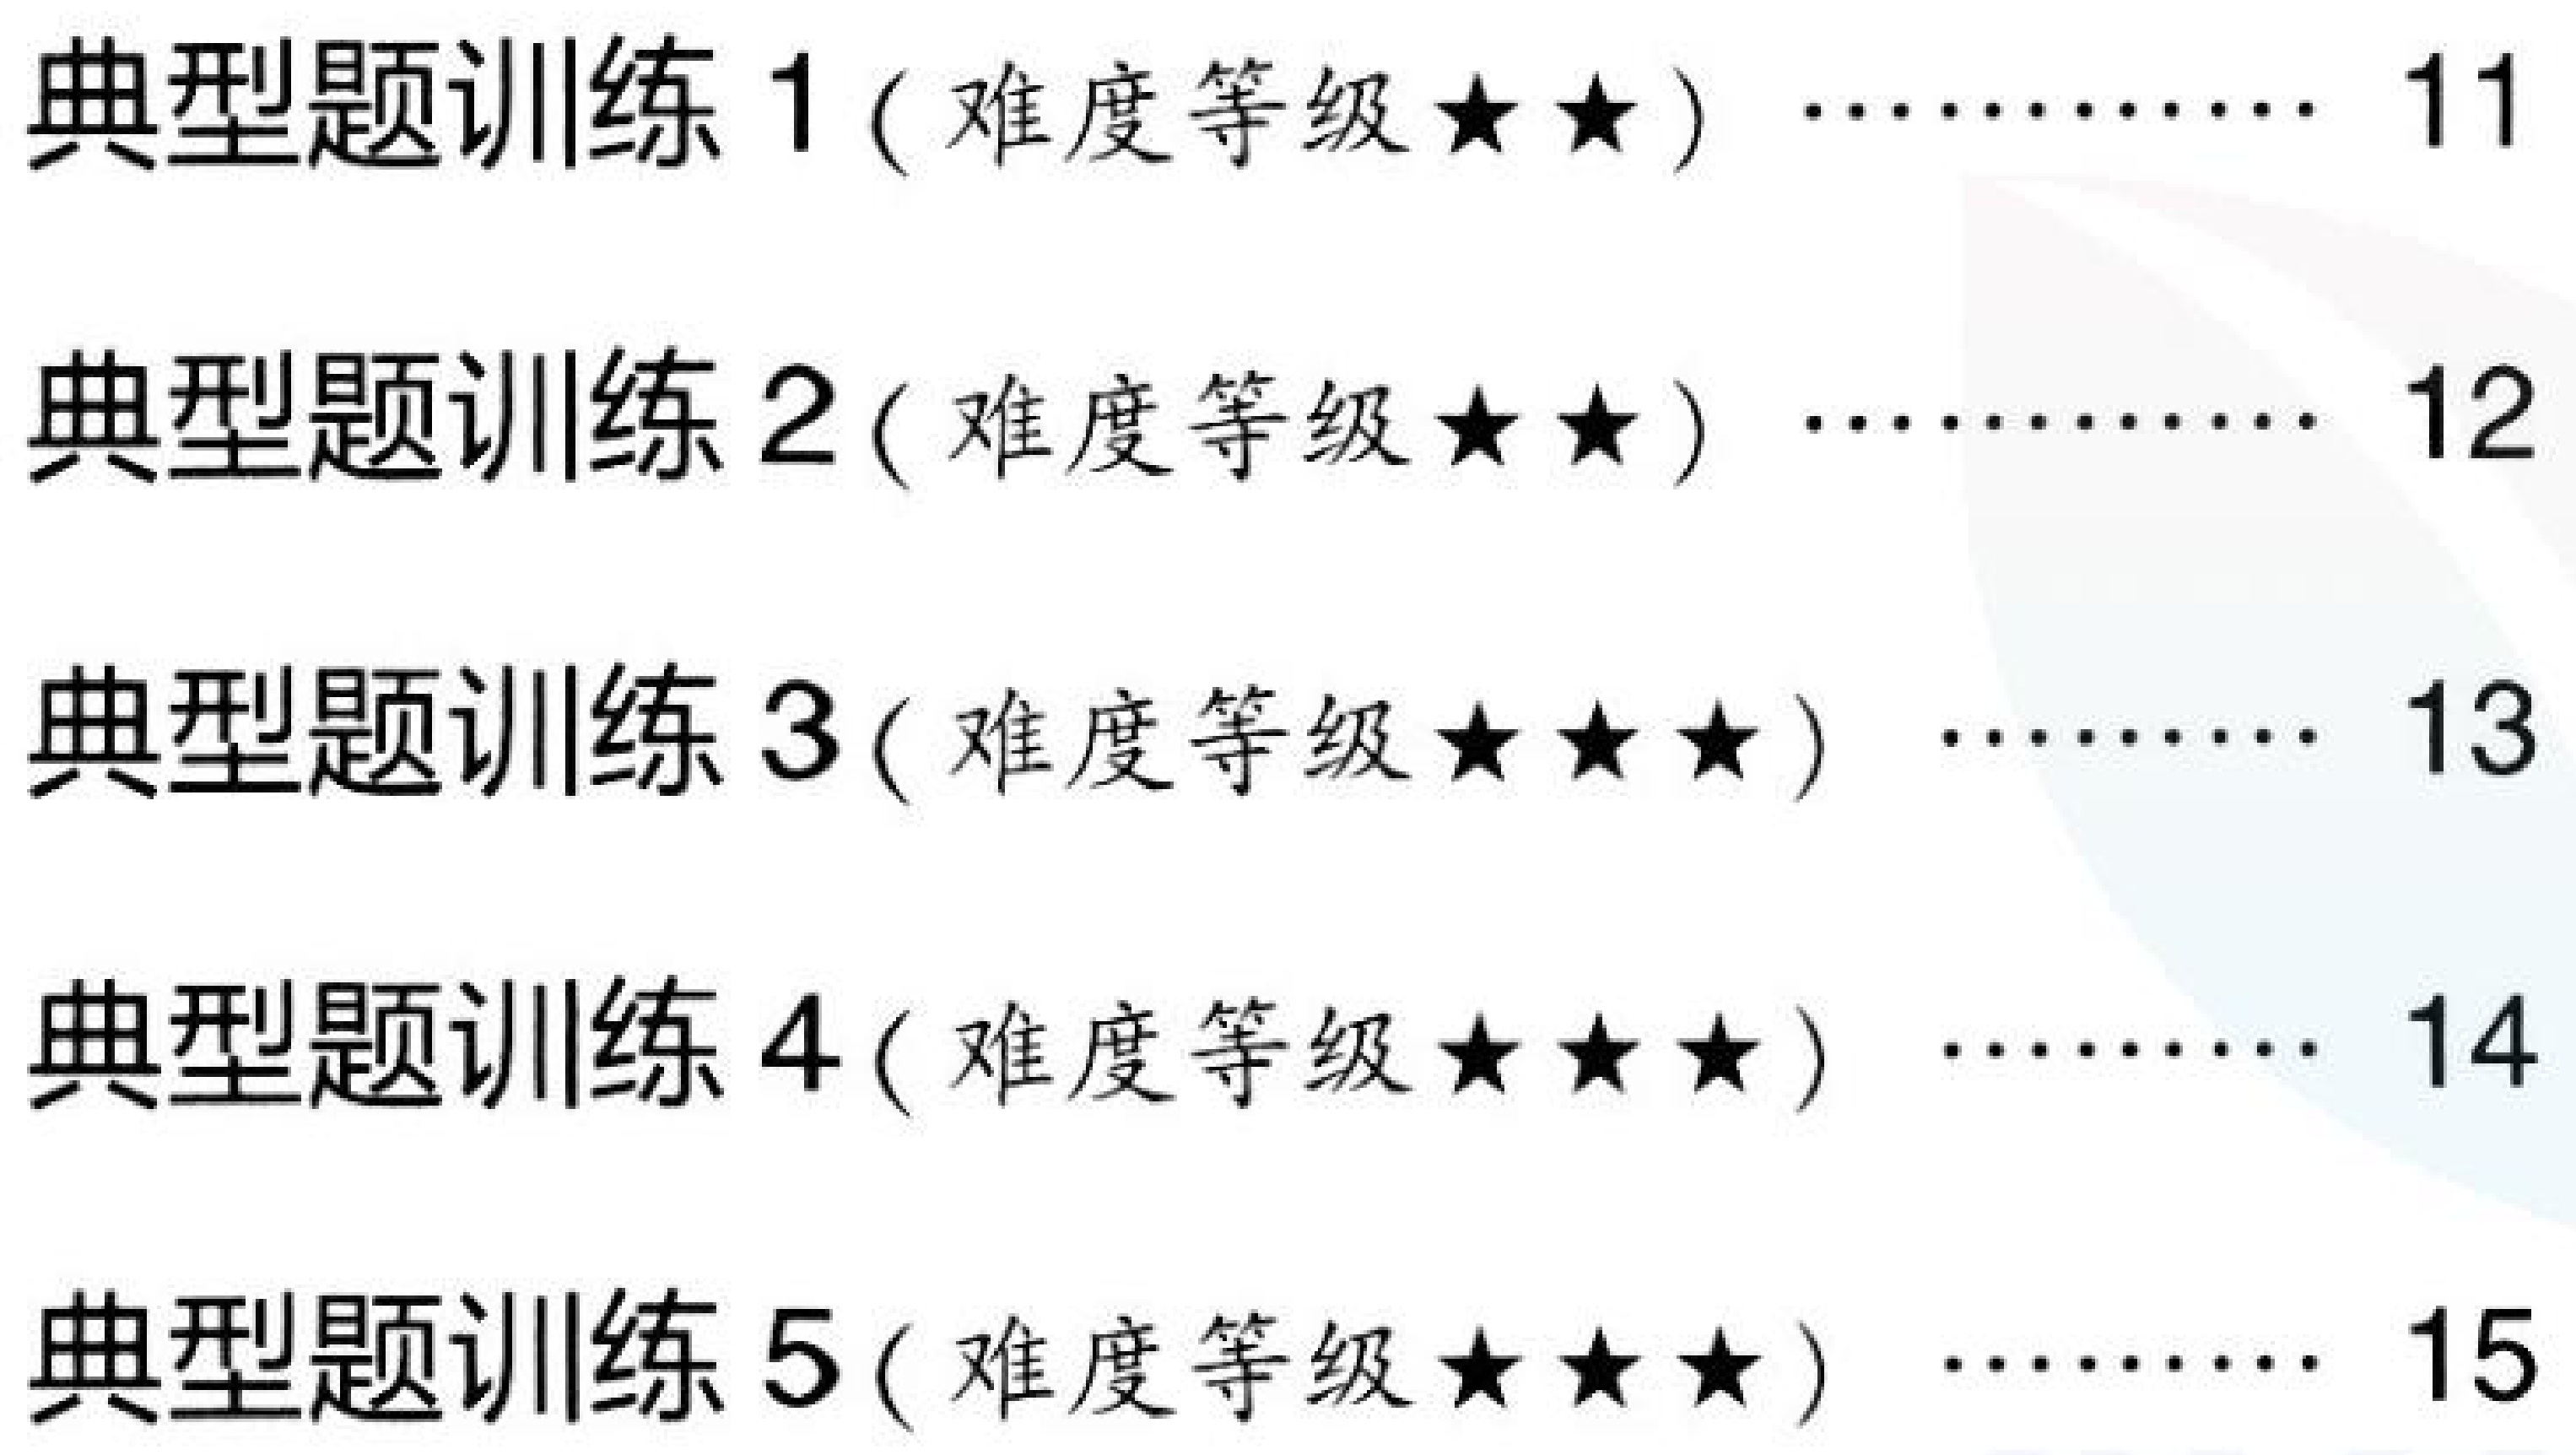
典型题训练 1（难度等级★★）………… 11
典型题训练 2（难度等级★★）………… 12
典型题训练 3（难度等级★★★）……… 13
典型题训练 4（难度等级★★★）……… 14
典型题训练 5（难度等级★★★）……… 15